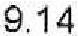
9.14